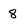
Character: 8